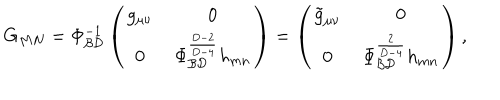
LaTeX: G _ { M N } = \Phi _ { \cal B D } ^ { - 1 } \left( \begin{array} { c c } { { g _ { \mu \nu } } } & { { \, 0 } } \\ { { 0 } } & { { \, \Phi _ { \cal B D } ^ { \frac { D - 2 } { D - 4 } } h _ { m n } } } \\ \end{array} \right) = \left( \begin{array} { c c } { { \tilde { g } _ { \mu \nu } } } & { { \, 0 } } \\ { { 0 } } & { { \, \Phi _ { \cal B D } ^ { \frac { 2 } { D - 4 } } h _ { m n } } } \\ \end{array} \right) ,